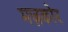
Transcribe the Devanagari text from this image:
मज़कोर